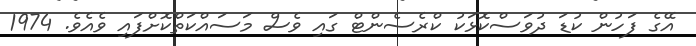
އޭގެ ފަހުން ކުޑަ ދުވަސްކޮޅަކު ކްރެސެންޓް ގައި ވެސް މަސައްކަތްކޮށްފައި ވެއެވެ. 1974